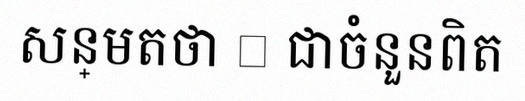
សន្មតថា x ជាចំនួនពិត